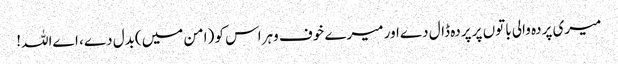
میری پردہ والی باتوں پر پردہ ڈال دےاور میرے خوف وہراس کو (امن میں)بدل دے، اےاللہ!